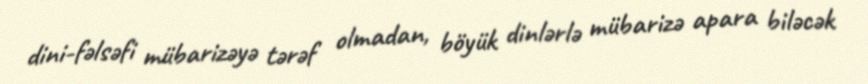
dini-fəlsəfi mübarizəyə tərəf olmadan, böyük dinlərlə mübarizə apara biləcək